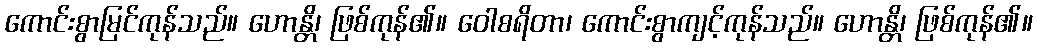
ကောင်းစွာမြင်ကုန်သည်။ ဟောန္တိ၊ ဖြစ်ကုန်၏။ ဝေါစရိတာ၊ ကောင်းစွာကျင့်ကုန်သည်။ ဟောန္တိ၊ ဖြစ်ကုန်၏။